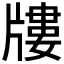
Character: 𤗬